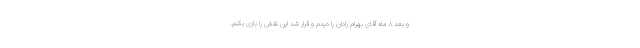
و بعد ۸ ماه آقای بهرام رادان را دیدم و قرار شد این نقش را بازی بکنم.